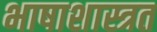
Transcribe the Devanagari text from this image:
भाषाशास्त्रत